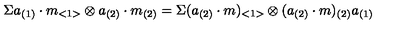
\Sigma a _ { ( 1 ) } \cdot m _ { < 1 > } \otimes a _ { ( 2 ) } \cdot m _ { ( 2 ) } = \Sigma ( a _ { ( 2 ) } \cdot m ) _ { < 1 > } \otimes ( a _ { ( 2 ) } \cdot m ) _ { ( 2 ) } a _ { ( 1 ) }